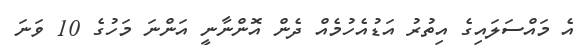
އެ މައްސަލައިގެ އިތުރު އަޑުއެހުމެއް ދެން އޮންނާނީ އަންނަ މަހުގެ 10 ވަނަ